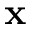
\mathbf { x }